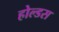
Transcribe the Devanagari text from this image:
होल्डस